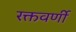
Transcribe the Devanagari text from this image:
रक्तवर्णी